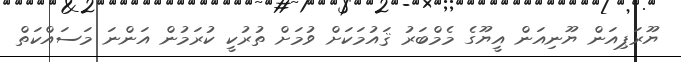
ޔޫރަޕިއަން ޔޫނިއަން އީޔޫގެ މެމްބަރު ޤައުމަކަށް ވުމަށް ތުރުކީ ކުރަމުން އަންނަ މަސައްކަތް